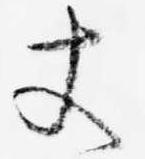
丈